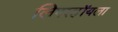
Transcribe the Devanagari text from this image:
लिपरहॉयला